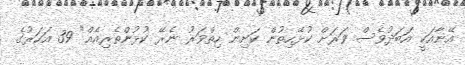
އޭނާއަކީ އަބަދުވެސް ވަރަށް ކުޅޭހިތުން ކަށިން ހިތްވަރު ނެރޭ ކުޅުންތެރިއެއް" 39 އަހަރުގެ